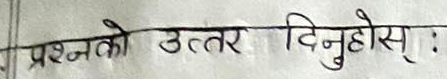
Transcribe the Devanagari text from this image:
प्रश्नको उत्तर दिनुहोस् :